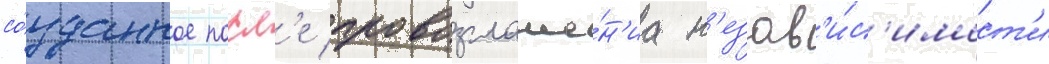
со́зданное посл'е провозглаше́н'иа н'езав'и́с'имост'и